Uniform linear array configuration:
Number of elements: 8
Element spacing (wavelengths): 0.5
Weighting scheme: hann
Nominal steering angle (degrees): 45
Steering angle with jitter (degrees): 45.149
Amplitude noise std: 0.05
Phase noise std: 0.05

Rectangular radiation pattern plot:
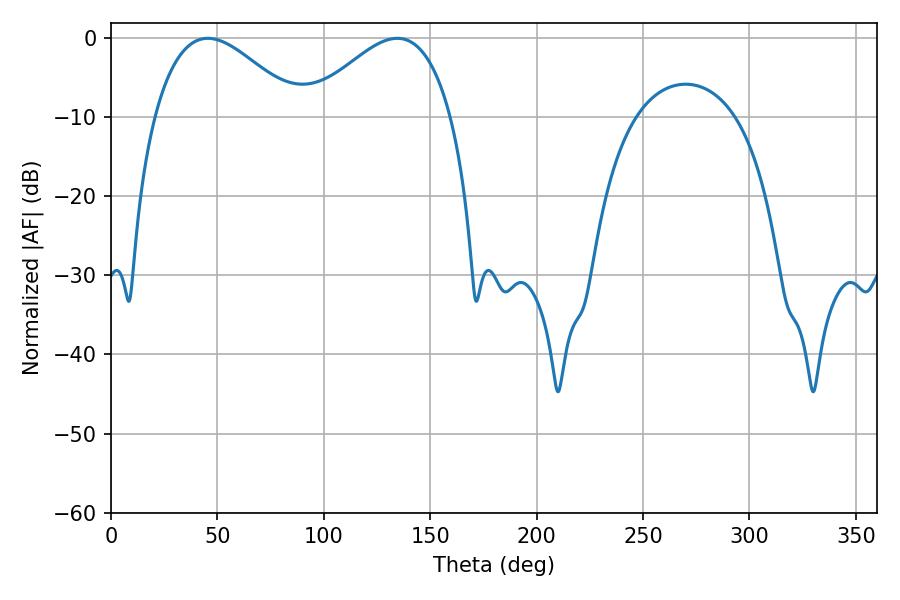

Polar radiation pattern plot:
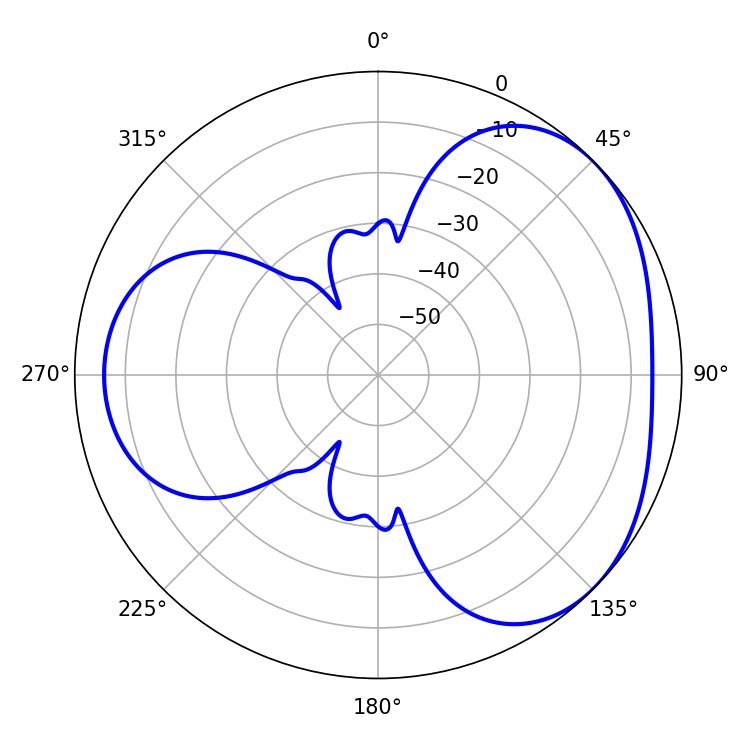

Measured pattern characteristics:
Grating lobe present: FALSE
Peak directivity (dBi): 3.553
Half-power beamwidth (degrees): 36.9
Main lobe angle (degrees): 45.54